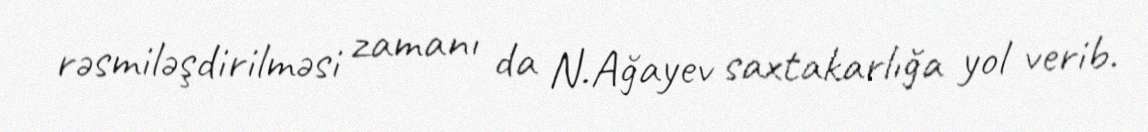
rəsmiləşdirilməsi zamanı da N.Ağayev saxtakarlığa yol verib.